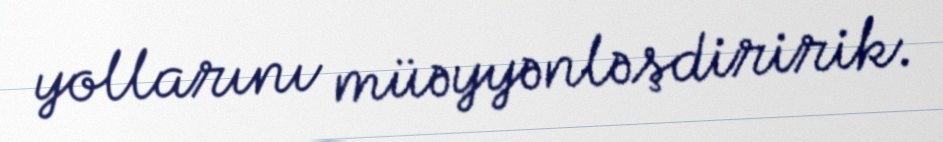
yollarını müəyyənləşdiririk.